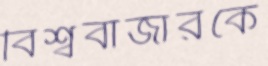
বিশ্ববাজারকে